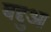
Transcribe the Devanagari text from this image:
बद्दुआ